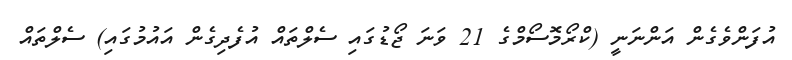
އުފަންވެގެން އަންނަނީ (ކްރޯމޮސޯމްގެ 21 ވަނަ ޖޯޑުގައި ސެލްތައް އުފެދިގެން އައުމުގައި) ސެލްތައް